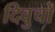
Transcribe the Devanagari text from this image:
दिवुचो